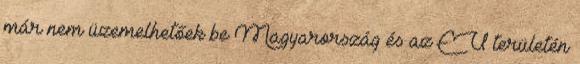
már nem üzemelhetőek be Magyarország és az EU területén